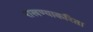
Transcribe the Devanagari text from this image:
राखण्याकरिता